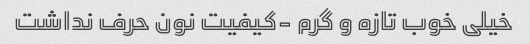
خیلی خوب تازه و گرم -کیفیت نون حرف نداشت